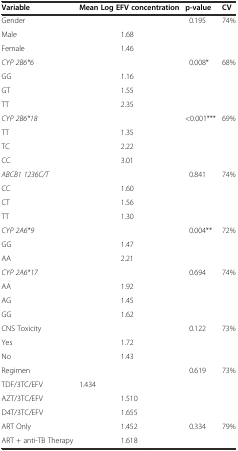
| Variable | Mean Log EFV concentration | p-value | CV |
 | --- | --- | --- | --- |
 | Gender |  | 0.195 | 74% |
 | Male | 1.68 |  |  |
 | Female | 1.46 |  |  |
 | CYP 2B6*6 |  | 0.008* | 68% |
 | GG | 1.16 |  |  |
 | GT | 1.55 |  |  |
 | TT | 2.35 |  |  |
 | CYP 2B6*18 |  | <0.001*** | 69% |
 | TT | 1.35 |  |  |
 | TC | 2.22 |  |  |
 | CC | 3.01 |  |  |
 | ABCB1 1236C/T |  | 0.841 | 74% |
 | CC | 1.60 |  |  |
 | CT | 1.56 |  |  |
 | TT | 1.30 |  |  |
 | CYP 2A6*9 |  | 0.004** | 72% |
 | GG | 1.47 |  |  |
 | AA | 2.21 |  |  |
 | CYP 2A6*17 |  | 0.694 | 74% |
 | AA | 1.92 |  |  |
 | AG | 1.45 |  |  |
 | GG | 1.62 |  |  |
 | CNS Toxicity |  | 0.122 | 73% |
 | Yes | 1.72 |  |  |
 | No | 1.43 |  |  |
 | Regimen |  | 0.619 | 73% |
 | TDF/3TC/EFV | 1.434 |  |  |
 | AZT/3TC/EFV | 1.510 |  |  |
 | D4T/3TC/EFV | 1.655 |  |  |
 | ART Only | 1.452 | 0.334 | 79% |
 | ART + anti-TB Therapy | 1.618 |  |  |